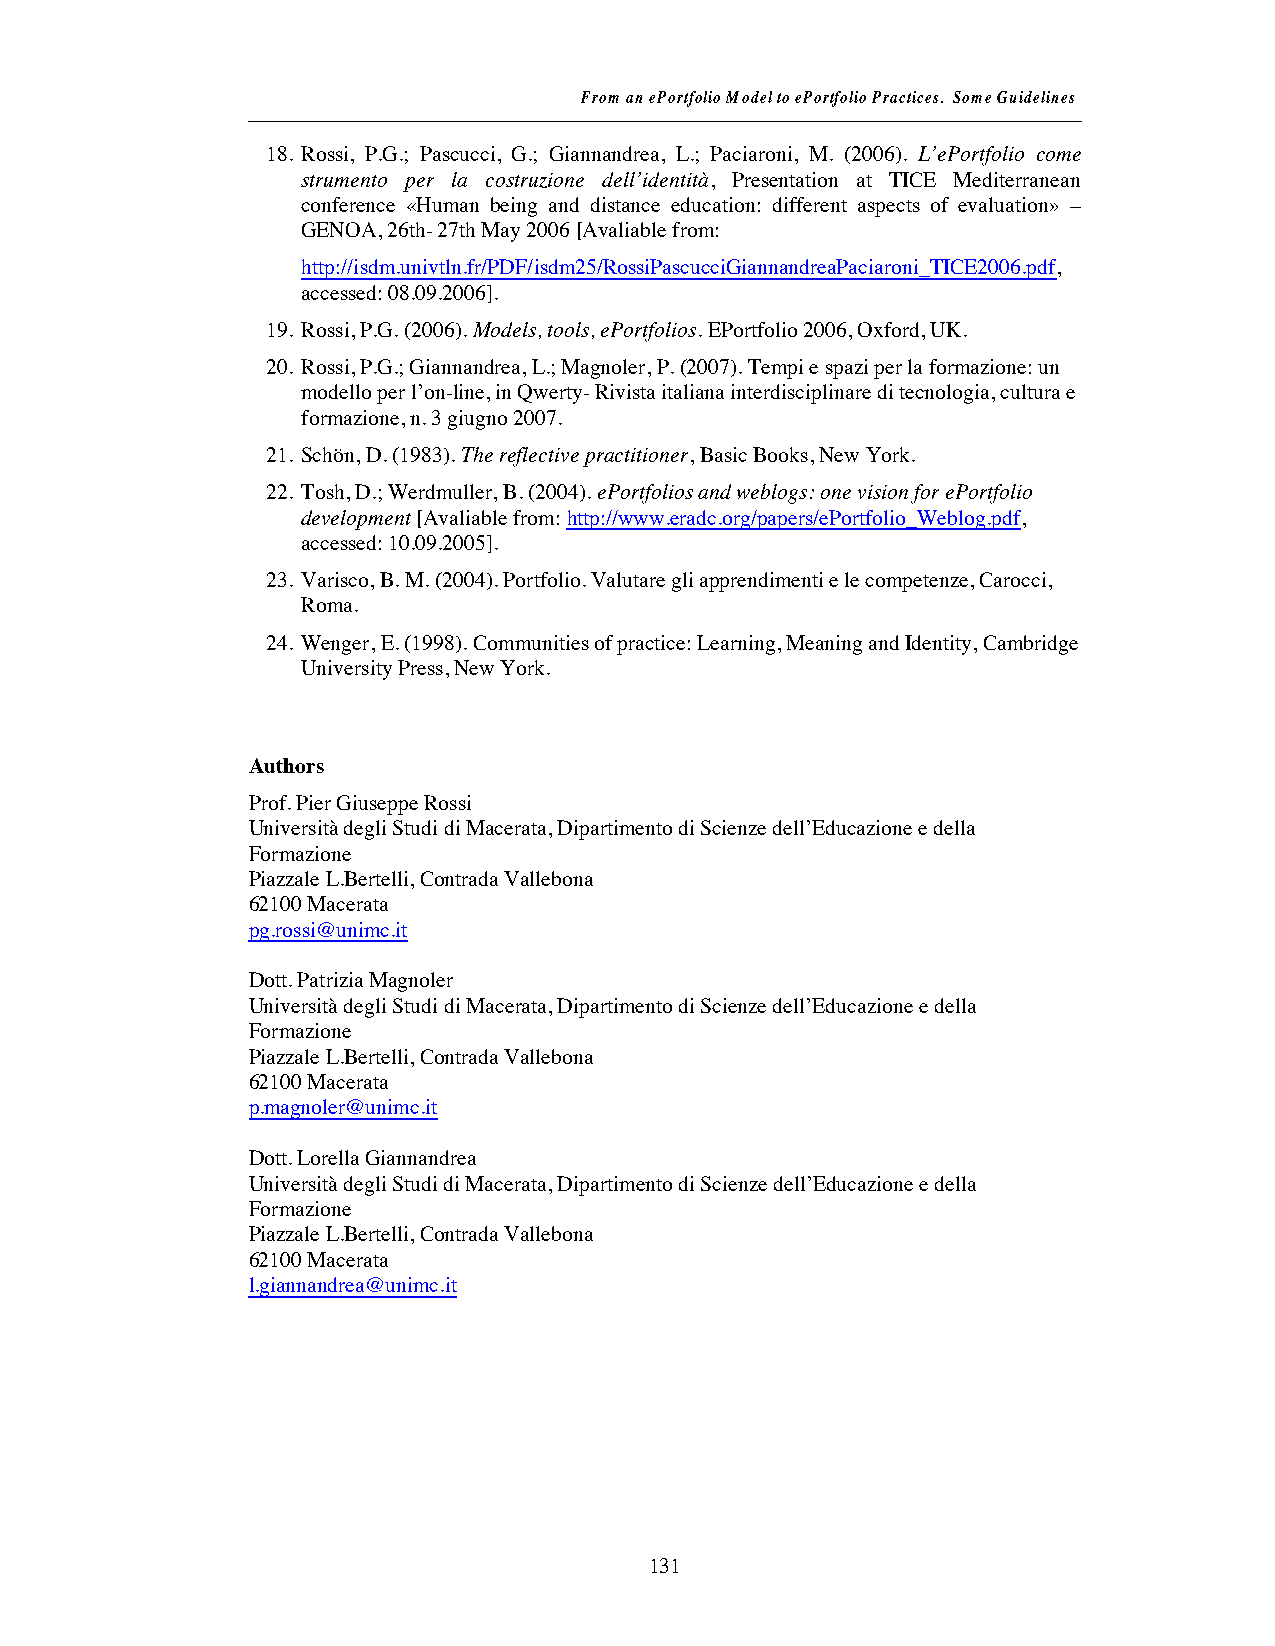
From an ePortfolio Model to ePortfolio Practices. Some Guidelines
 18. Rossi, P.G.; Pascucci, G.; Giannandrea, L.; Paciaroni, M. (2006). L’ePortfolio come
 strumento per la costruzione dell’identità, Presentation at TICE Mediterranean
 conference «Human being and distance education: different aspects of evaluation» –
 GENOA, 26th- 27th May 2006[Avaliable from:
 http://isdm.univtln.fr/PDF/isdm25/RossiPascucciGiannandreaPaciaroni_TICE2006.pdf,
 accessed: 08.09.2006].
 19. Rossi, P.G. (2006).Models, tools, ePortfolios. EPortfolio 2006, Oxford, UK.
 20. Rossi, P.G.; Giannandrea, L.; Magnoler, P.(2007). Tempi e spazi per la formazione: un
 modello per l’on-line, in Qwerty-Rivista italiana interdisciplinare di tecnologia, cultura e
 formazione, n. 3 giugno 2007.
 21. Schön, D. (1983).The reflective practitioner, Basic Books, New York.
 22. Tosh, D.; Werdmuller, B. (2004).ePortfolios and weblogs: one vision for ePortfolio
 development [Avaliable from:http://www.eradc.org/papers/ePortfolio_Weblog.pdf,
 accessed: 10.09.2005].
 23. Varisco, B. M. (2004). Portfolio. Valutare gli apprendimenti e le competenze, Carocci,
 Roma.
 24. Wenger, E. (1998). Communities of practice: Learning, Meaning and Identity, Cambridge
 University Press, New York.
 Authors
 Prof. Pier Giuseppe Rossi
 Università degli Studi di Macerata, Dipartimento di Scienze dell’Educazione e della
 Formazione
 Piazzale L.Bertelli, Contrada Vallebona
 62100 Macerata
 pg.rossi@unimc.it
 Dott. Patrizia Magnoler
 Università degli Studi di Macerata, Dipartimento di Scienze dell’Educazione e della
 Formazione
 Piazzale L.Bertelli, Contrada Vallebona
 62100 Macerata
 p.magnoler@unimc.it
 Dott. Lorella Giannandrea
 Università degli Studi di Macerata, Dipartimento di Scienze dell’Educazione e della
 Formazione
 Piazzale L.Bertelli, Contrada Vallebona
 62100 Macerata
 l.giannandrea@unimc.it
 131